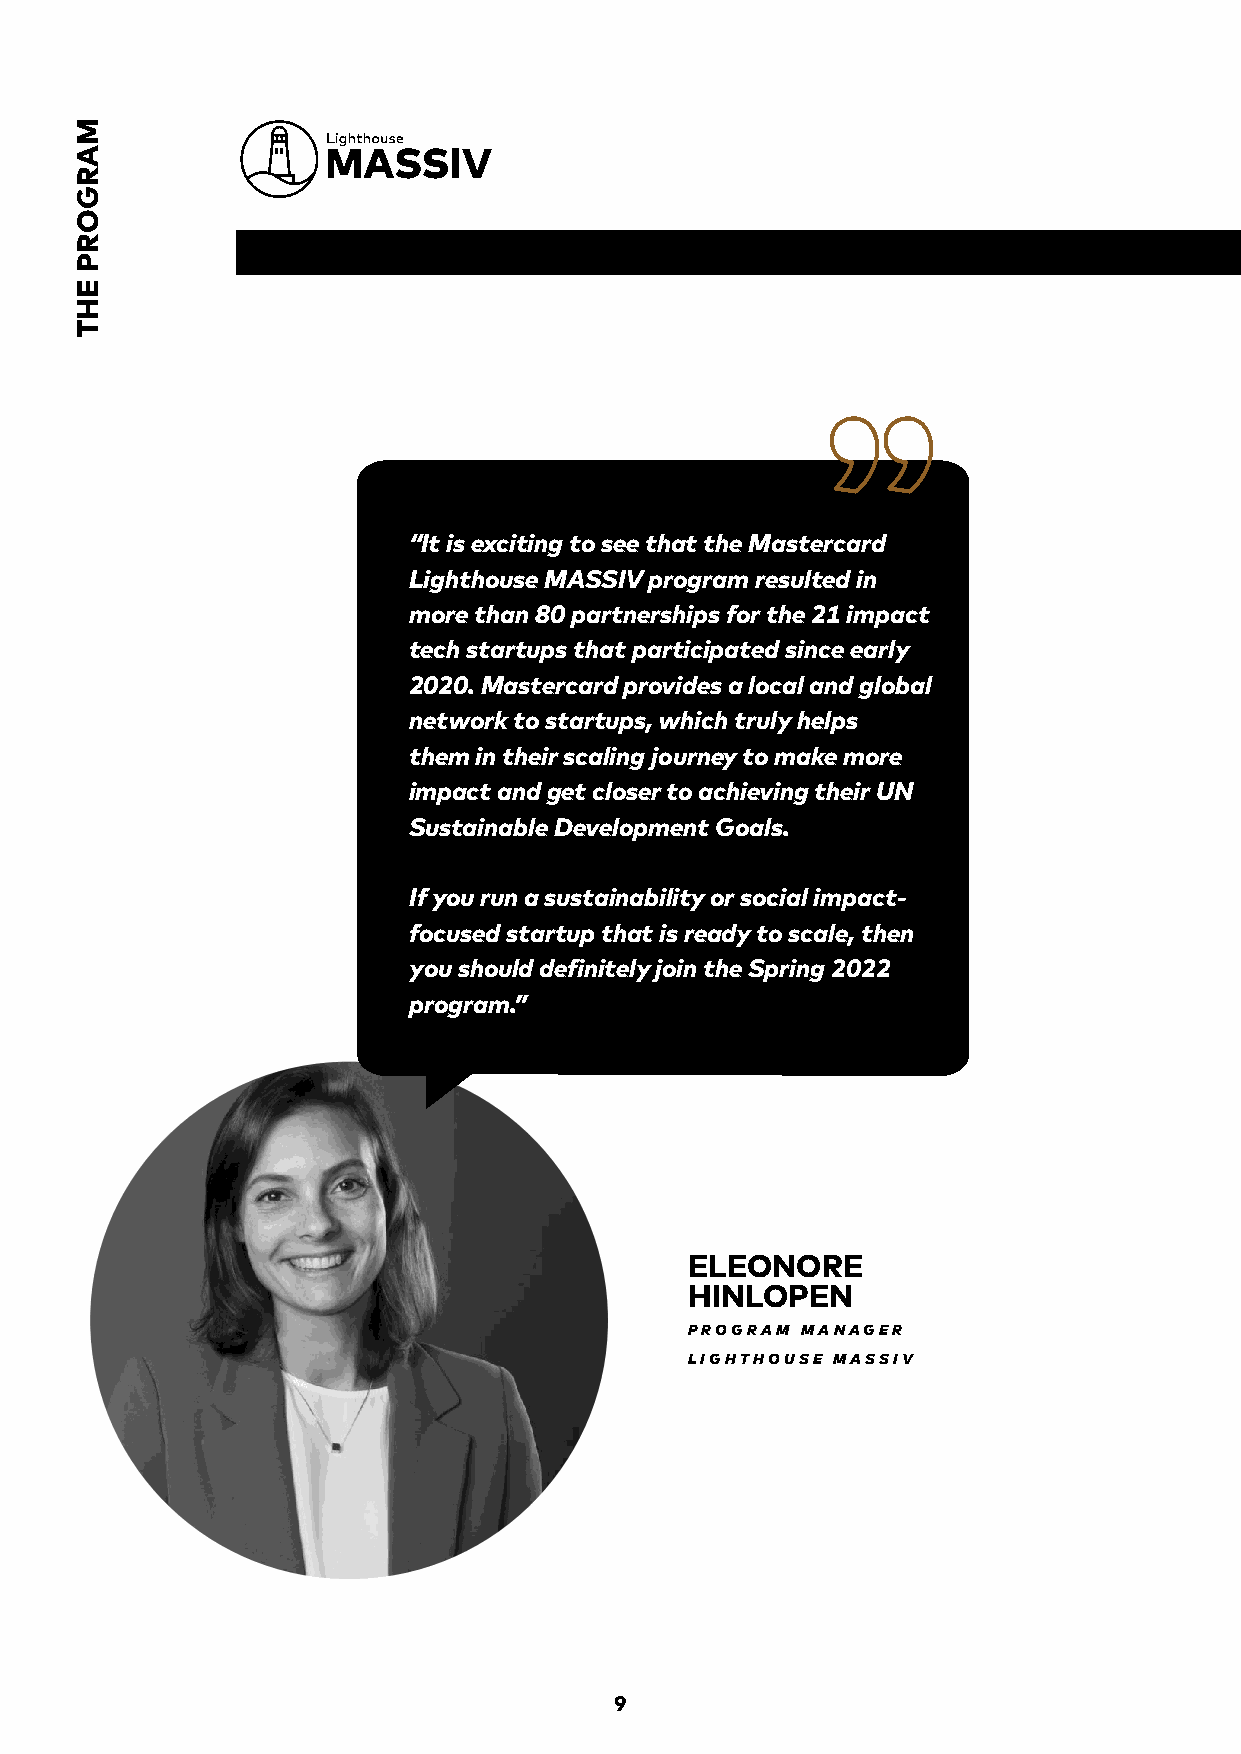
“It is exciting to see that the Mastercard
 Lighthouse MASSIV program resulted in
 more than 80 partnerships for the 21 impact
 tech startups that participated since early
 2020. Mastercard provides a local and global
 network to startups, which truly helps
 them in their scaling journey to make more
 impact and get closer to achieving their UN
 Sustainable Development Goals.
 If you run a sustainability or social impact-
 focused startup that is ready to scale, then
 you should definitely join the Spring 2022
 program.”
 ELEONORE
 HINLOPEN
 PROGRAM MANAGER
 LIGHTHOUSE MASSIV
 9
 MARGORP
 EHT